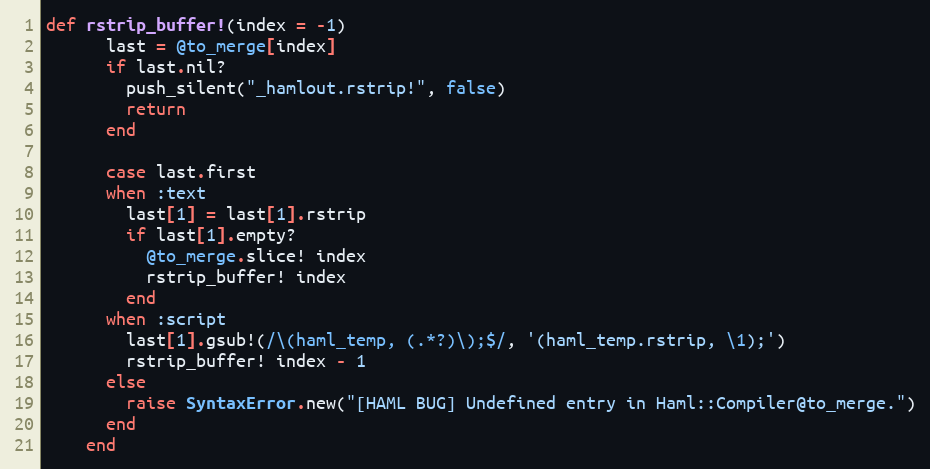
Language: Ruby
def rstrip_buffer!(index = -1)
      last = @to_merge[index]
      if last.nil?
        push_silent("_hamlout.rstrip!", false)
        return
      end

      case last.first
      when :text
        last[1] = last[1].rstrip
        if last[1].empty?
          @to_merge.slice! index
          rstrip_buffer! index
        end
      when :script
        last[1].gsub!(/\(haml_temp, (.*?)\);$/, '(haml_temp.rstrip, \1);')
        rstrip_buffer! index - 1
      else
        raise SyntaxError.new("[HAML BUG] Undefined entry in Haml::Compiler@to_merge.")
      end
    end